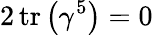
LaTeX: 2\operatorname{tr}\left(\gamma^{5}\right)=0